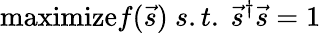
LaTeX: \mathrm{maximize}f(\vec{s})\ s.t.\ \vec{s}^{\dagger}\vec{s}=1